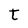
Character: t